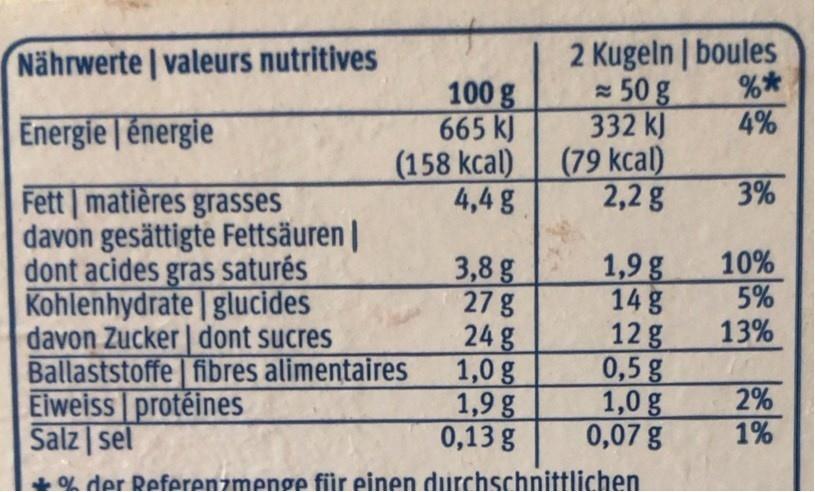
2 Kugeln | boules 50 g 332 kJ (79 kcal) 2,2 g
Nährwerte | valeurs nutritives
%* 4%
100 g 665 kJ (158 kcal) 4,4g
Energie | énergie
3%
Fett matières grasses davon gesättigte Fettsäuren | dont acides gras saturés Kohlenhydrate | glucides davon Zucker | dont sucres Ballaststoffe fibres alimentaires Eiweiss protéines Salz | sel
10% 5% 13%
3,8 g 27 g 24 g 1,0 g 1,9g 0,13 g
1,9g 14 g 12 g 0,5g 1,0g 0,07 g
2% 1%
* OL der Referenzmenge füir einen durchschnittlichen